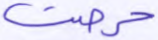
حرصت